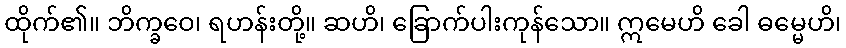
ထိုက်၏။ ဘိက္ခဝေ၊ ရဟန်းတို့။ ဆဟိ၊ ခြောက်ပါးကုန်သော။ ဣမေဟိ ခေါ ဓမ္မေဟိ၊